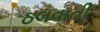
ઠલવાતી